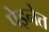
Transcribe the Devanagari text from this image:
पेइनेत